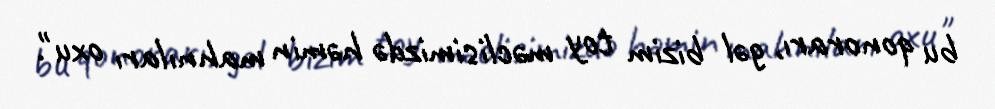
bu qonorarı, gəl bizim toy məclisimizdə həmin mahnıları oxu".